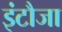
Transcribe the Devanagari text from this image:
इंटौजा